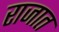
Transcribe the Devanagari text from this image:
राजात